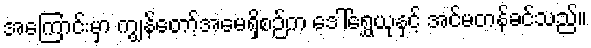
အကြောင်းမှာ ကျွန်တော့်အမေရှိစဉ်က ဒေါ်ရွှေယုနှင့် အင်မတန်ခင်သည်။